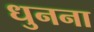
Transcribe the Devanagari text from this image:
धुनना